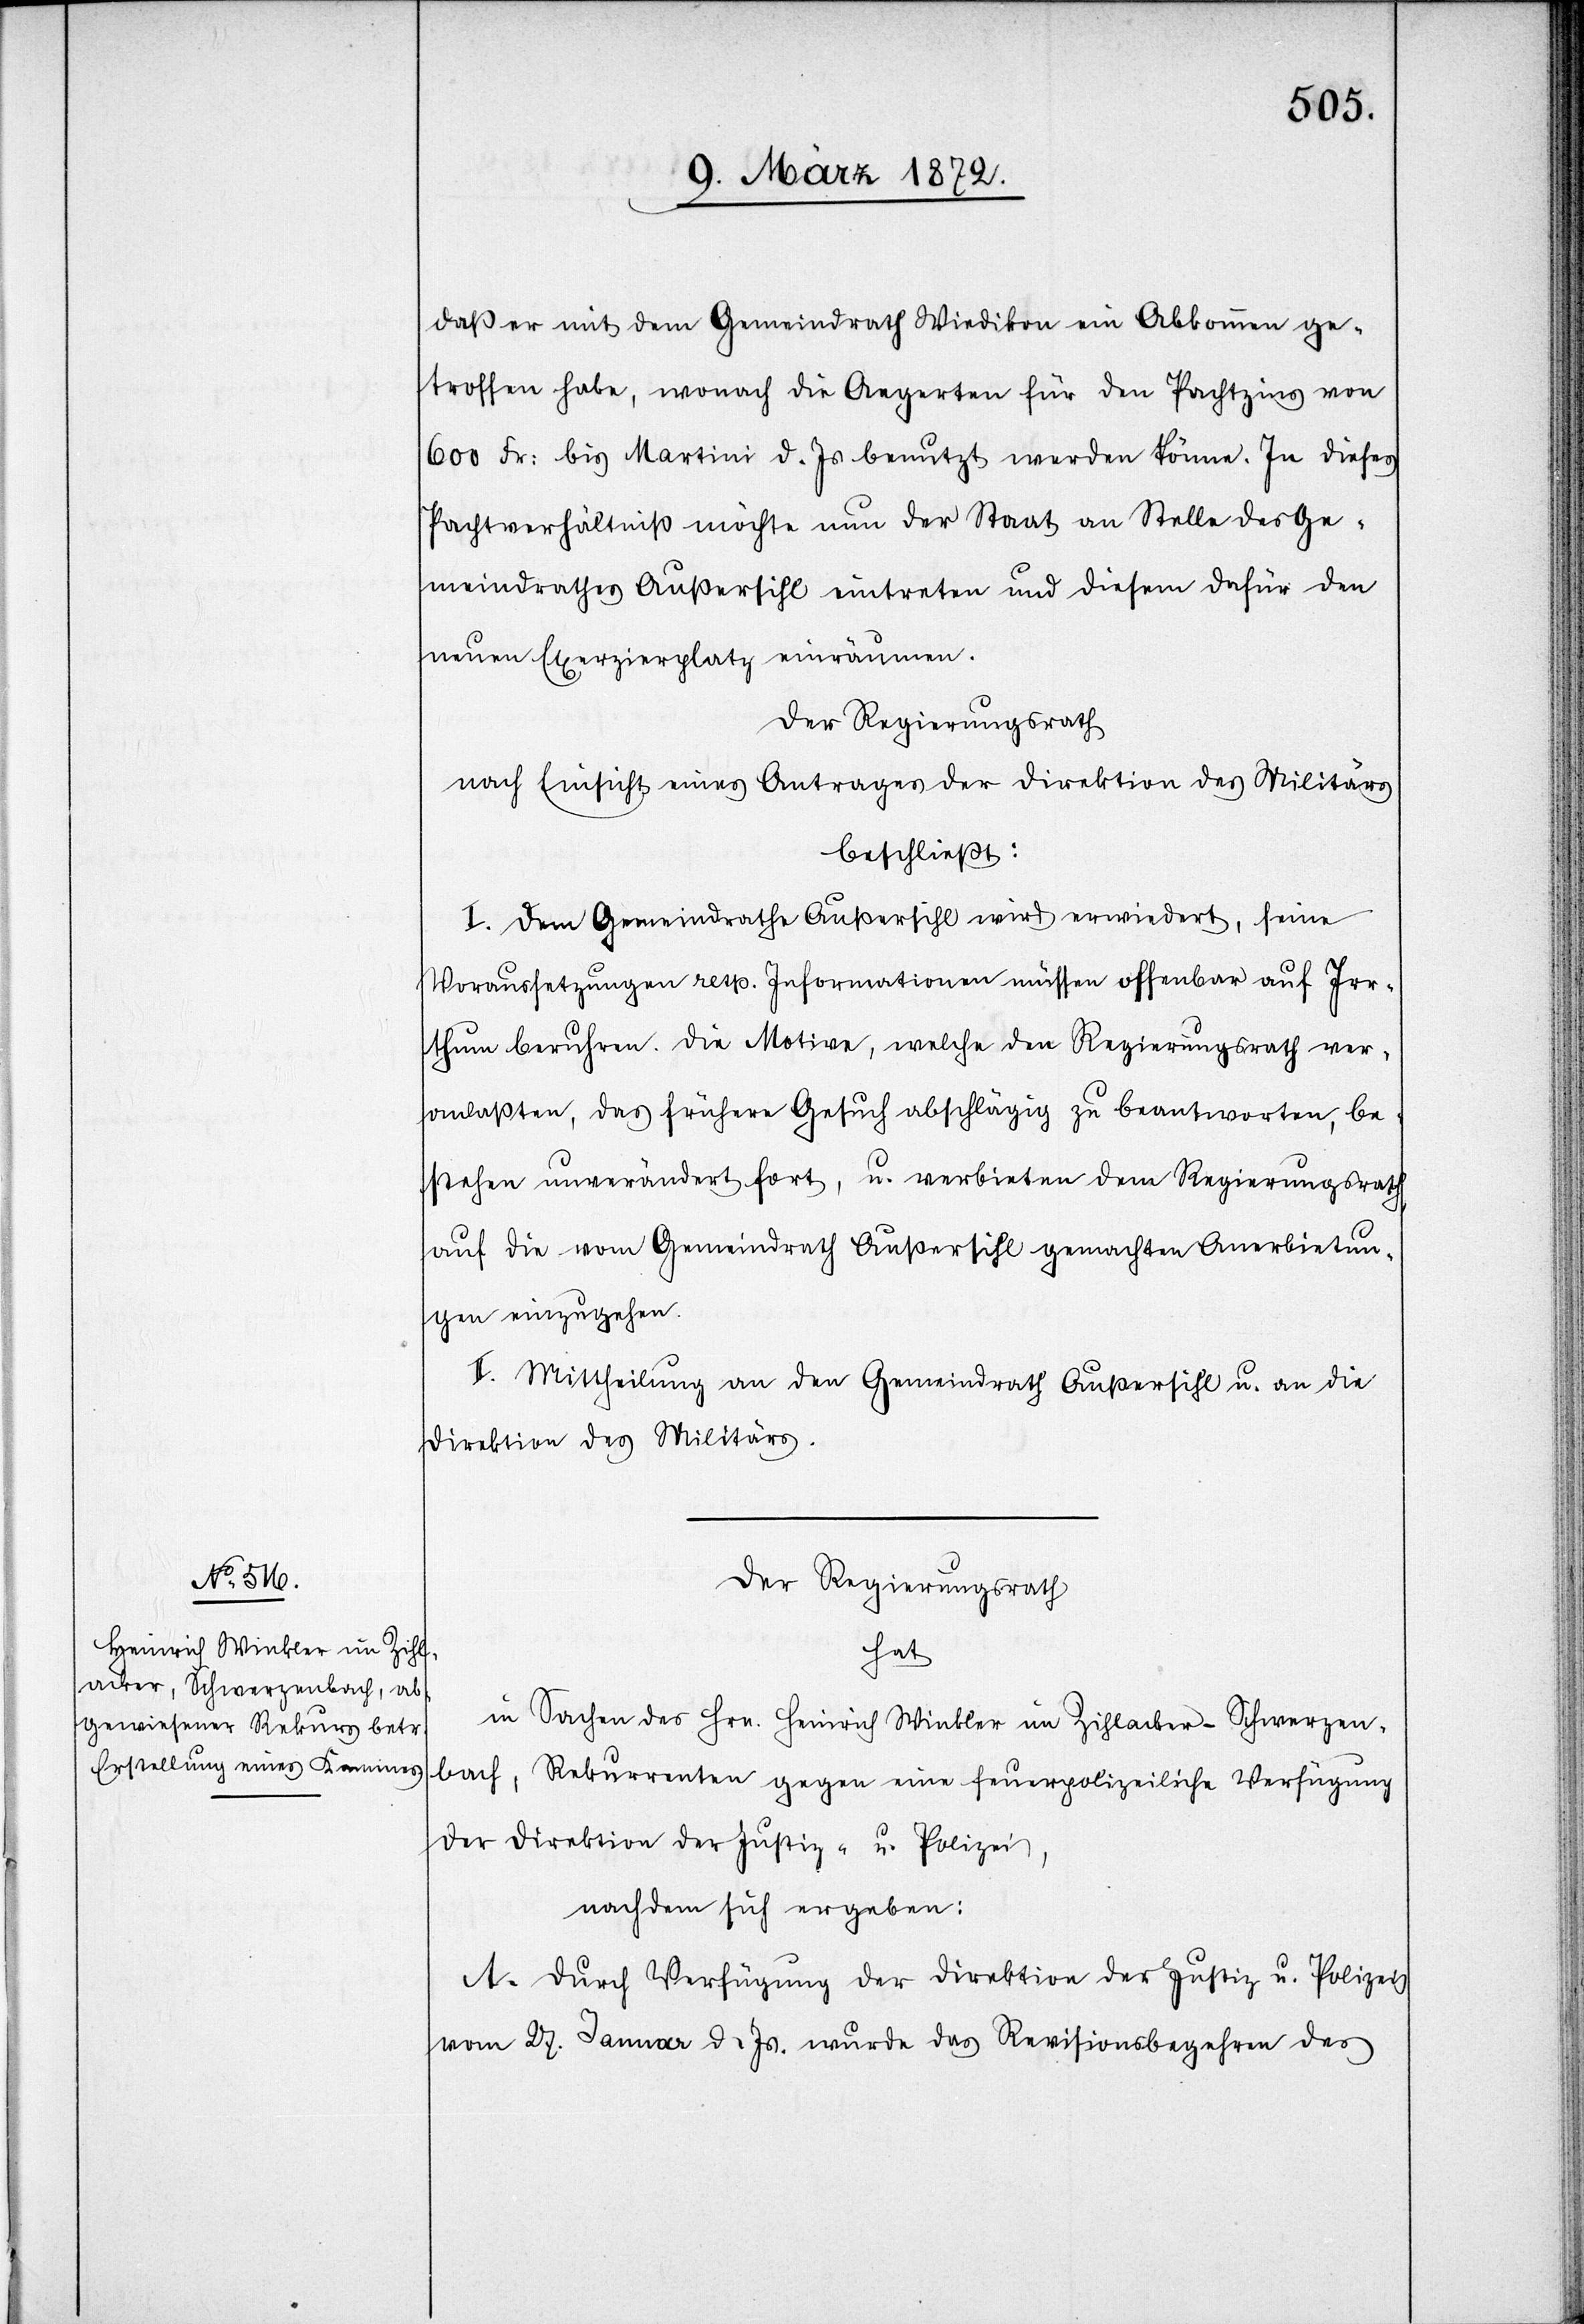
daß er mit dem Gemeindrath Wiedikon ein Abkommen ge¬
troffen habe, wonach die Aegerten für den Pachtzins von
600 Fr: bis Martini d. Js benutzt werden könne. In dieses
Pachtverhältniß möchte nun der Staat an Stelle des Ge¬
meindrathes Außersihl eintreten und diesem dafür den
neuen Exerzierplatz einräumen.
Der Regierungsrath
nach Einsicht eines Antrages der Direktion des Militärs
beschließt:
I. Dem Gemeindrathe Außersihl wird erwiedert, seine
Voraussetzungen resp. Informationen müssen offenbar auf Irr¬
thum beruhen. Die Motive, welche den Regierungsrath ver¬
anlaßten, das frühere Gesuch abschlägig zu beantworten, be¬
stehen unverändert fort, u. verbieten dem Regierungsrath,
auf die vom Gemeindrath Außersihl gemachten Anerbietun¬
gen einzugehen.
II. Mittheilung an den Gemeindrath Außersihl u. an die
Direktion des Militärs.
Der Regierungsrath
hat
in Sachen des Hrn. Heinrich Winkler im Zihlacker-Schwerzen¬
bach, Rekurrenten gegen eine feuerpolizeiliche Verfügung
der Direktion der Justiz- u. Polizei,
nachdem sich ergeben:
A. Durch Verfügung der Direktion der Justiz u. Polizei
vom 27. Januar d. Js. wurde das Revisionsbegehren des